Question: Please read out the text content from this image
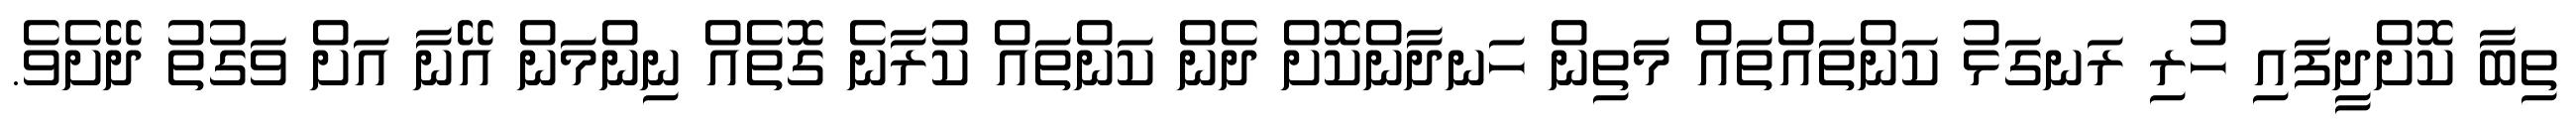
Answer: ތިބާ ކޮށްދީފައި ހުރި ރަނގަޅު ކަންތައްތައް މަތިން ހަނދާންކޮށް ދެން ކަންތައް ކުރާނެ ގޮތެއް ނިންމަން އޭނާ އަށް ވަގުތު ދޭށެވެ.